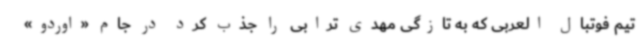
تیم فوتبال العربی که به تازگی مهدی ترابی را جذب کرد در جام «اوردو»